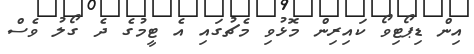
އިން ޑިޕޯޓިވޯ ކައިރިން މޮޅުވި މެޗުގައި އެ ޓީމުގެ ދެ ގޯލު ވެސް